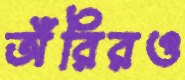
অঁরিরও